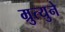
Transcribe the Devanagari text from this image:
म्रुत्युने